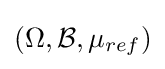
(\Omega ,{\mathcal {B}},\mu _{ref})